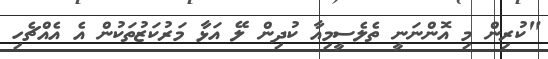
"ކުރިން މި އޮންނަނީ ތެލެސީމިއާ ކުދިން ލޭ އަޅާ މަރުކަޒުތަކުން އެ އެއްޗެހި